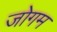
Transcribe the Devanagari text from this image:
जोगम